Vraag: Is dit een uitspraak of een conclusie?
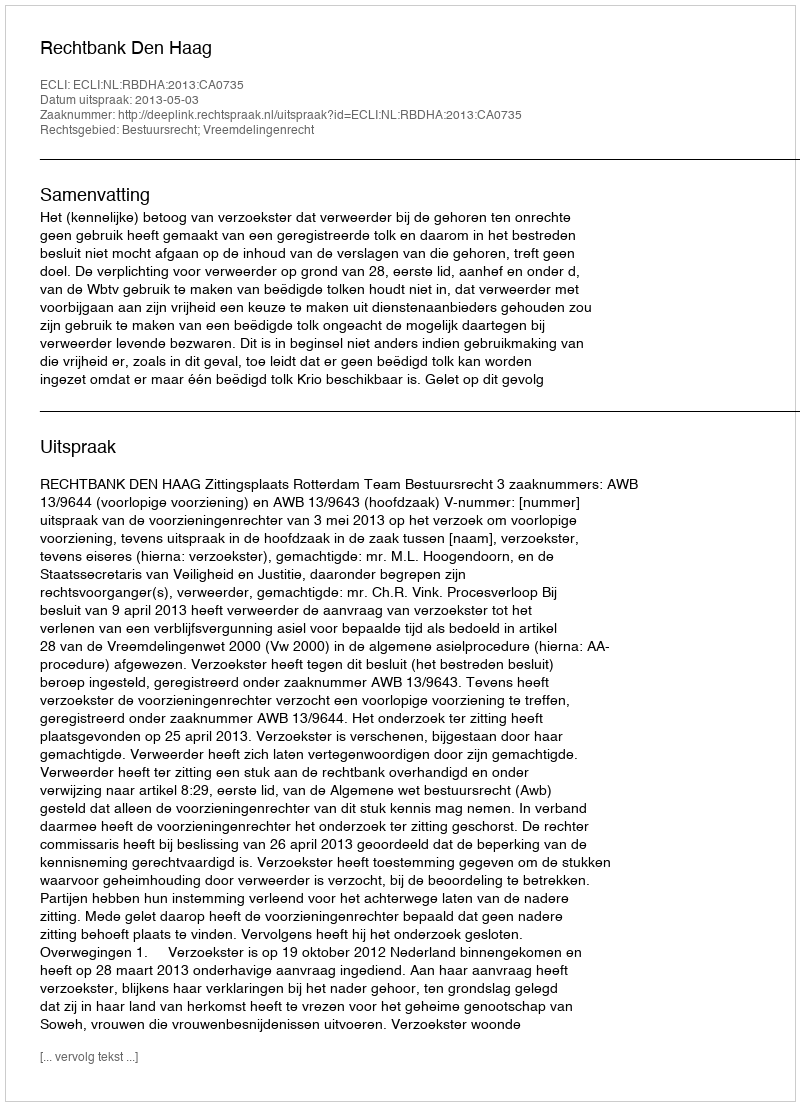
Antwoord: Uitspraak